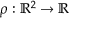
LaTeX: \rho : \mathbb { R } ^ { 2 } \to \mathbb { R }